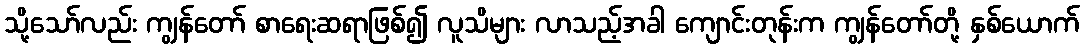
သို့သော်လည်း ကျွန်တော် စာရေးဆရာဖြစ်၍ လူသိများ လာသည့်အခါ ကျောင်းတုန်းက ကျွန်တော်တို့ နှစ်ယောက်